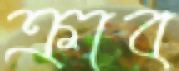
ক্রাব